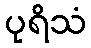
ပုရိသံ